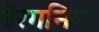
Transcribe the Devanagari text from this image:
बैरगनियाँ